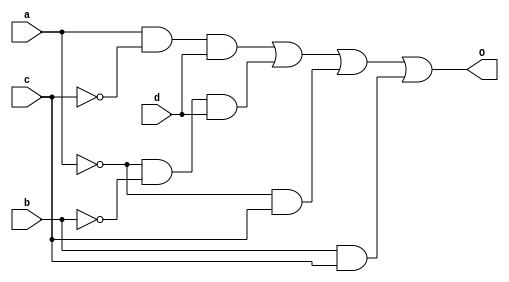
module f1_and_or(O,a,b,c,d);
  input a,b,c,d;
  wire a_not,b_not,c_not,i1,i2,i3,i4;
  output O;
  not #(0.5) g1(a_not,a);
  not #(0.5) g2(b_not,b);
  not #(0.5) g3(c_not,c);
  and #(0.7) g4(i1,a,c_not,d);
  and #(0.7) g5(i2,a_not,b_not,d);
  and #(0.7) g6(i3,a_not,c);
  and #(0.7) g7(i4,b,c);
  or #(0.9) g8(O,i1,i2,i3,i4);
endmodule

module f1_nand(O,a,b,c,d);
  input a,b,c,d;
  wire a_not,b_not,c_not,i1,i2,i3,i4;
  output O;
  nand #(0.6) g1(a_not,a,a);
  nand #(0.6) g2(b_not,b,b);
  nand #(0.6) g3(c_not,c,c);
  nand #(0.6) g4(i1,a,c_not,d);
  nand #(0.6) g5(i2,a_not,b_not,d);
  nand #(0.6) g6(i3,a_not,c);
  nand #(0.6) g7(i4,b,c);
  nand #(0.6) g8(O,i1,i2,i3,i4);
endmodule

module f1_nor(O,a,b,c,d);
  input a,b,c,d;
  output O;
  wire i1,i2,i3,a_not,b_not,c_not;
  nor #(0.7) g1(a_not,a,a);
  nor #(0.7) g2(b_not,b,b);
  nor #(0.7) g3(c_not,c,c);
  nor #(0.7) g4(i1,a_not,b,c_not);
  nor #(0.7) g5(i2,c,d);
  nor #(0.7) g6(i3,a,b_not,c);
  nor #(0.7) g7(O,i1,i2,i3);
endmodule

module test_f1;
  reg a,b,c,d;
  wire O_and_or,O_nand,O_nor;
  f1_nor test_f1_nor(O_nor,a,b,c,d);
  f1_nand test_f1_nand(O_nand,a,b,c,d);
  f1_and_or test_f1_and_or(O_and_or,a,b,c,d);
  initial 
    begin
      a = 0; b = 1; c = 1; d = 0;
      #5 b = 0; d = 1;
      #5 b = 1; a = 1;
      #5 b = 0; c = 0; d = 1;
      #5 b = 1; a = 0;     
      #5 b = 0; a = 1; d = 0; c = 1;
    end
  
endmodule